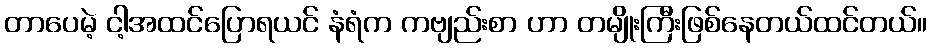
တာပေမဲ့ ငါ့အထင်ပြောရယင် နံရံက ကဗျည်းစာ ဟာ တမျိုးကြီးဖြစ်နေတယ်ထင်တယ်။